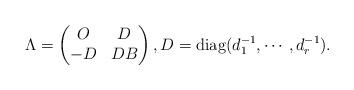
LaTeX: \begin{align*}\Lambda=\begin{pmatrix}O & D\\-D & DB\end{pmatrix},D=\mathrm{diag}(d_1^{-1},\cdots,d_r^{-1}).\end{align*}